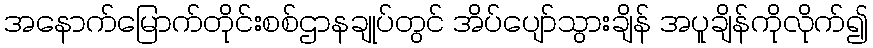
အနောက်မြောက်တိုင်းစစ်ဌာနချုပ်တွင် အိပ်ပျော်သွားချိန် အပူချိန်ကိုလိုက်၍